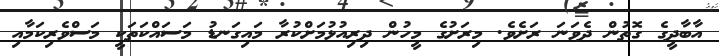
އާބާދީގެ ގޮތުން ދެވަނަ ރަށެވެ. މިރަށުގެ މީހުން ދިރިއުޅުމަށްކުރާ މައިގަނޑު މަސައްކަތަކީ މަސްވެރިކަމާއި